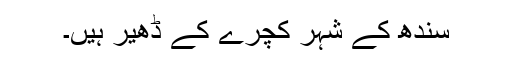
سندھ کے شہر کچرے کے ڈھیر ہیں۔